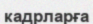
кадрларға